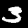
Label: 3